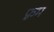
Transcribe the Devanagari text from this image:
फ़्रम